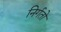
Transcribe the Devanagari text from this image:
निर्गतो